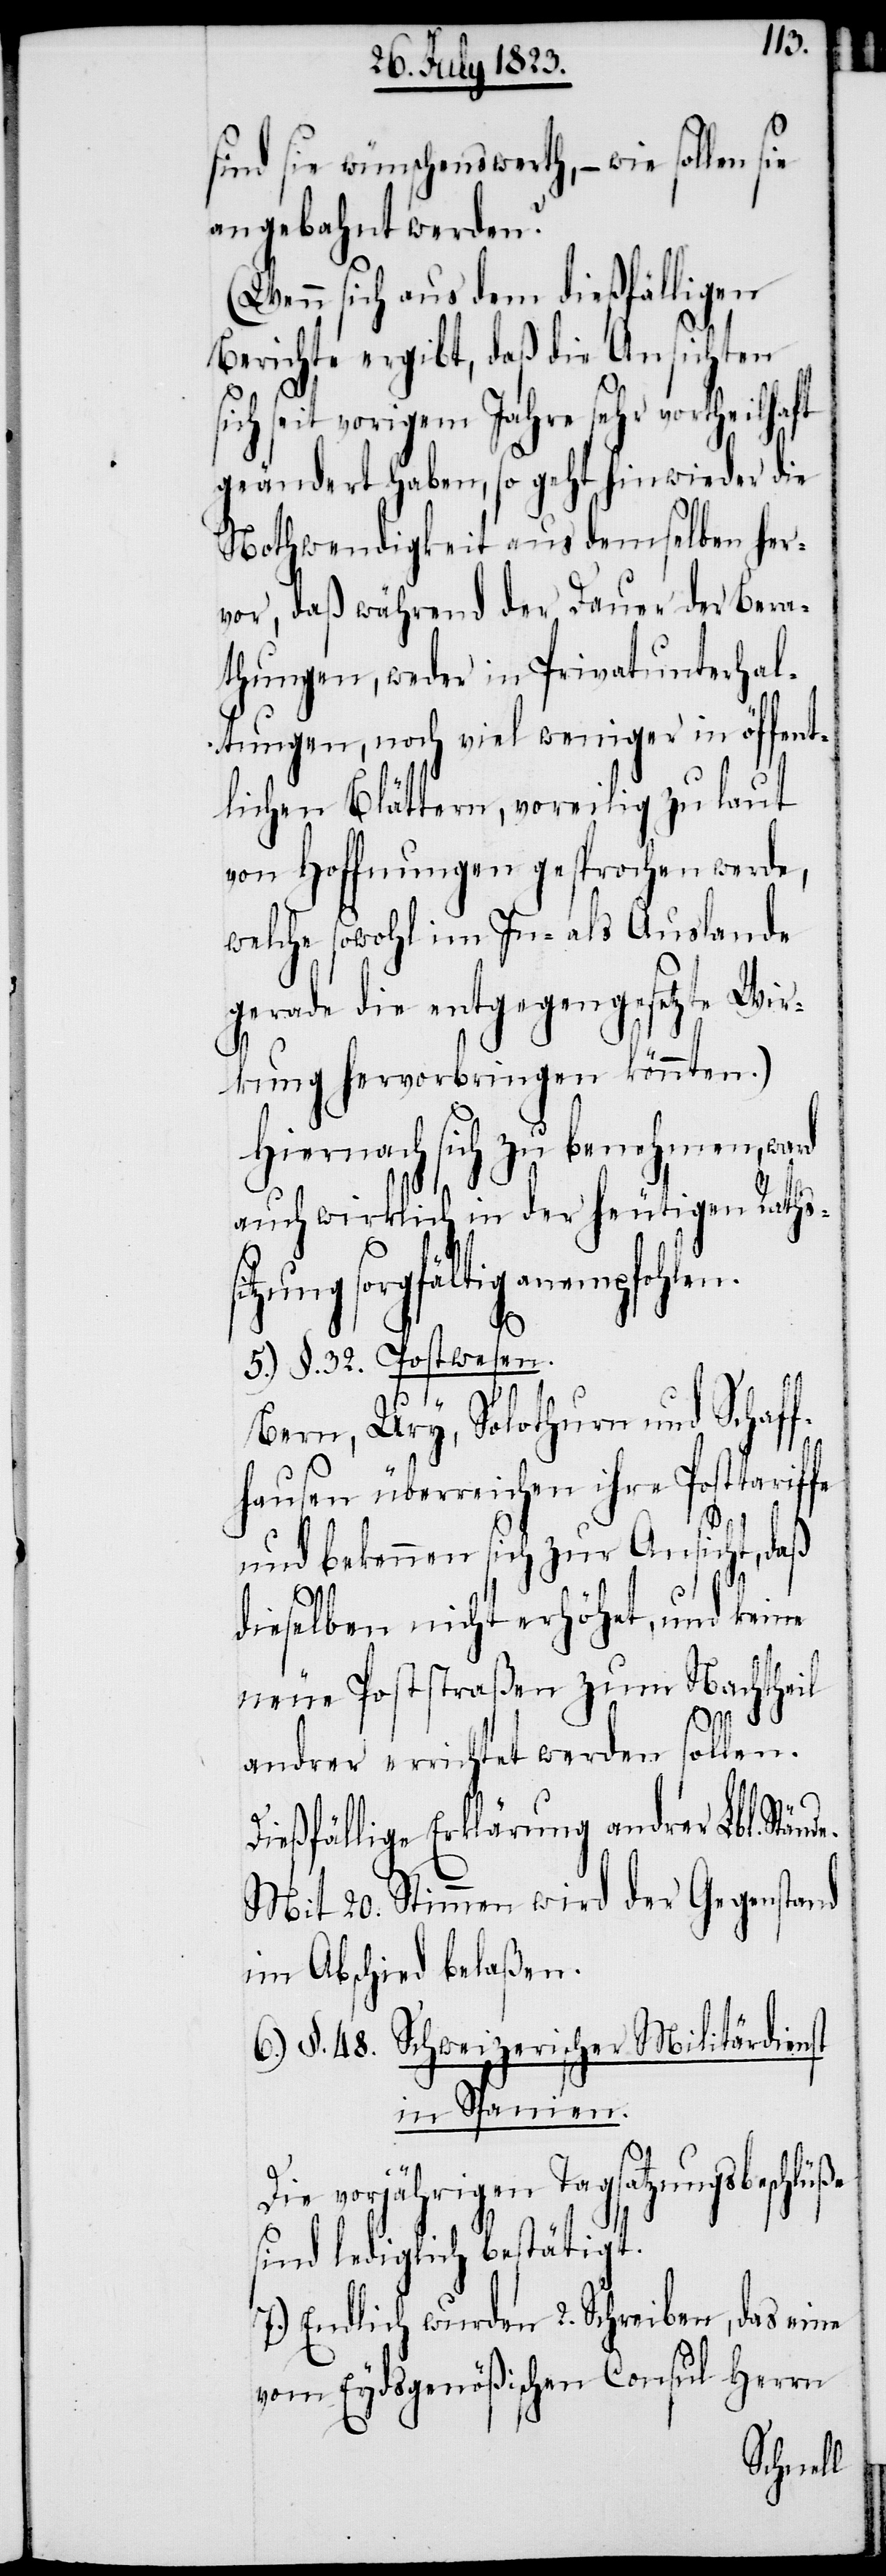
sind sie wünschenswerth, − wie sollen sie
angebahnt werden?
(Wenn sich aus dem dießfälligen
Berichte ergibt, daß die Ansichten
seit vorigem Jahre sehr vortheilhaft
geändert haben, so geht hinwieder die
Nothwendigkeit aus demselben her¬
vor, daß während der Dauer der Bera¬
thungen, weder in Privatunterhal¬
tungen, noch viel weniger in öffent¬
lichen Blättern, voreilig zu laut
von Hoffnungen gesprochen werde,
welche sowohl im In- als Auslande
gerade die entgegengesetzte Wir¬
kung hervorbringen könnten.)
Hiernach sich zu benehmen, ward
auch wirklich in der heutigen Raths¬
tzung sorgfältig anempfohlen.
de.
5.) §. 32. Postwesen.
Bern, Ury, Solothurn und Schaff¬
hausen überreichen ihre Posttariffe
und bekennen sich zur Ansicht, daß
dieselben nicht erhöhet, und keine
neue Poststraßen zum Nachtheil
ße
andrer errichtet werden sollen.
Dießfällige Erklärung andrer Lbl. Stän¬
Mit 20. Stimmen wird der Gegenstand
im Abschied beschloßen.
6.) §. 48. Schweizerischer Militärdienst
in Spanien.
Die vorjährigen Tagsatzungsbeschlü¬
sind lediglich bestätigt.
7.) Endlich wurden 2. Schreiben, das eine
vom Eydsgenößischen Consul Herrn